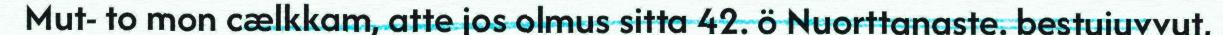
Mut- to mon cælkkam, atte jos olmus sitta 42. ö Nuorttanaste. bestujuvvut,